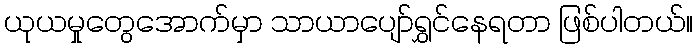
ယုယမှုတွေအောက်မှာ သာယာပျော်ရွှင်နေရတာ ဖြစ်ပါတယ်။